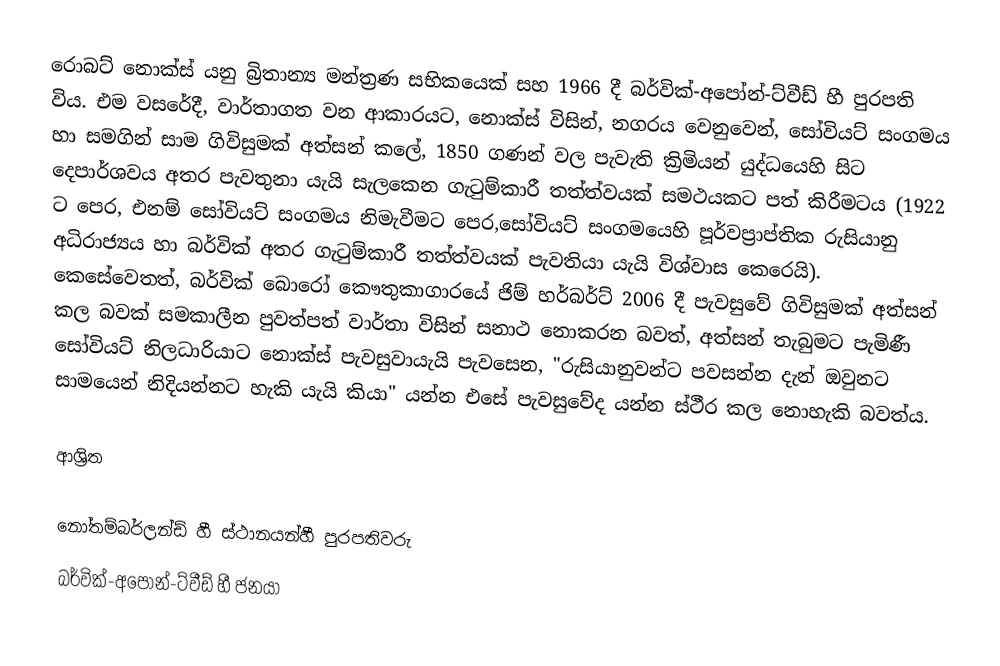
රොබට් නොක්ස් යනු බ්‍රිතාන්‍ය මන්ත්‍රණ සභිකයෙක් සහ 1966 දී  බර්වික්-අපෝන්-ට්වීඩ් හී පුරපති විය. එම වසරේදී, වාර්තාගත වන ආකාරයට, නොක්ස්  විසින්,  නගරය වෙනුවෙන්,  සෝවියට් සංගමය හා සමගින්  සාම ගිවිසුමක් අත්සන් කලේ, 1850 ගණන් වල පැවැති ක්‍රිමියන් යුද්ධයෙහි සිට දෙපාර්ශවය අතර පැවතුනා යැයි සැලකෙන ගැටුම්කාරී තත්ත්වයක් සමථයකට පත් කිරීමටය (1922 ට පෙර, එනම් සෝවියට් සංගමය නිමැවීමට පෙර,සෝවියට් සංගමයෙහි පූර්වප්‍රාප්තික  රුසියානු  අධිරාජ්‍යය හා බර්වික් අතර ගැටුම්කාරී තත්ත්වයක් පැවතියා යැයි විශ්වාස කෙරෙයි).  කෙසේවෙතත්, බර්වික් බොරෝ කෞතුකාගාරයේ ජිම් හර්බර්ට් 2006 දී පැවසුවේ ගිවිසුමක් අත්සන් කල බවක් සමකාලීන පුවත්පත් වාර්තා විසින් සනාථ නොකරන බවත්, අත්සන් තැබුමට පැමිණී සෝවියට් නිලධාරියාට නොක්ස් පැවසුවායැයි පැවසෙන, "රුසියානුවන්ට පවසන්න දැන් ඔවුනට සාමයෙන් නිදියන්නට හැකි යැයි කියා" යන්න එසේ පැවසුවේද යන්න ස්ථීර කල නොහැකි බවත්ය.

ආශ්‍රිත

නෝතම්බර්ලන්ඩ් හී ස්ථානයන්හී පුරපතිවරු
බර්වික්-අපෝන්-ට්වීඩ් හී ජනයා